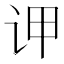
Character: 𲂆